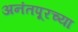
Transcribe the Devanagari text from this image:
अनंतपूरच्या